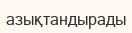
азықтандырады